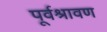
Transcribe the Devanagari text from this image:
पूर्वश्रावण